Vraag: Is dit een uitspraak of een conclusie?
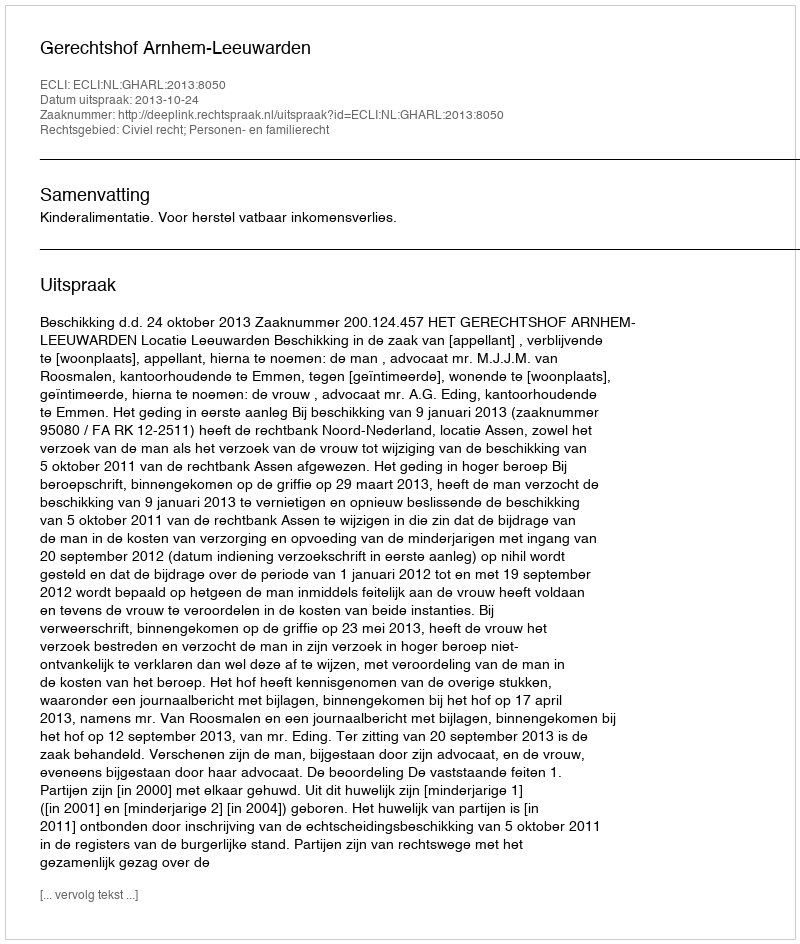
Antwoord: Uitspraak